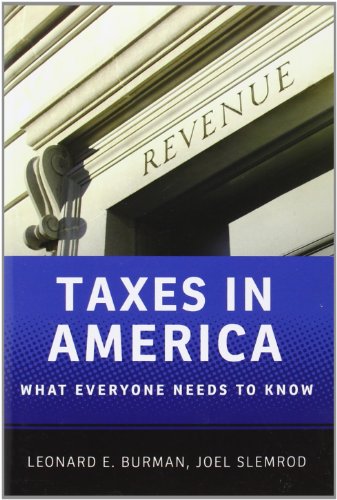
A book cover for Taxes in America: What Everyone Needs to KnowÂ®; Leonard E. Burman; Business & Money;